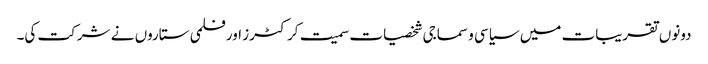
دونوں تقریبات میں سیاسی و سماجی شخصیات سمیت کرکٹرز اور فلمی ستاروں نے شرکت کی۔